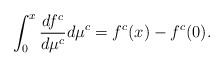
LaTeX: \begin{align*}\int_0^x \frac{df^c}{d\mu^c}d\mu^c=f^c(x)-f^c(0). \end{align*}